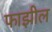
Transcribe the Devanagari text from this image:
फाझील